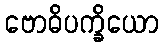
ဗောဓိပက္ခိယော